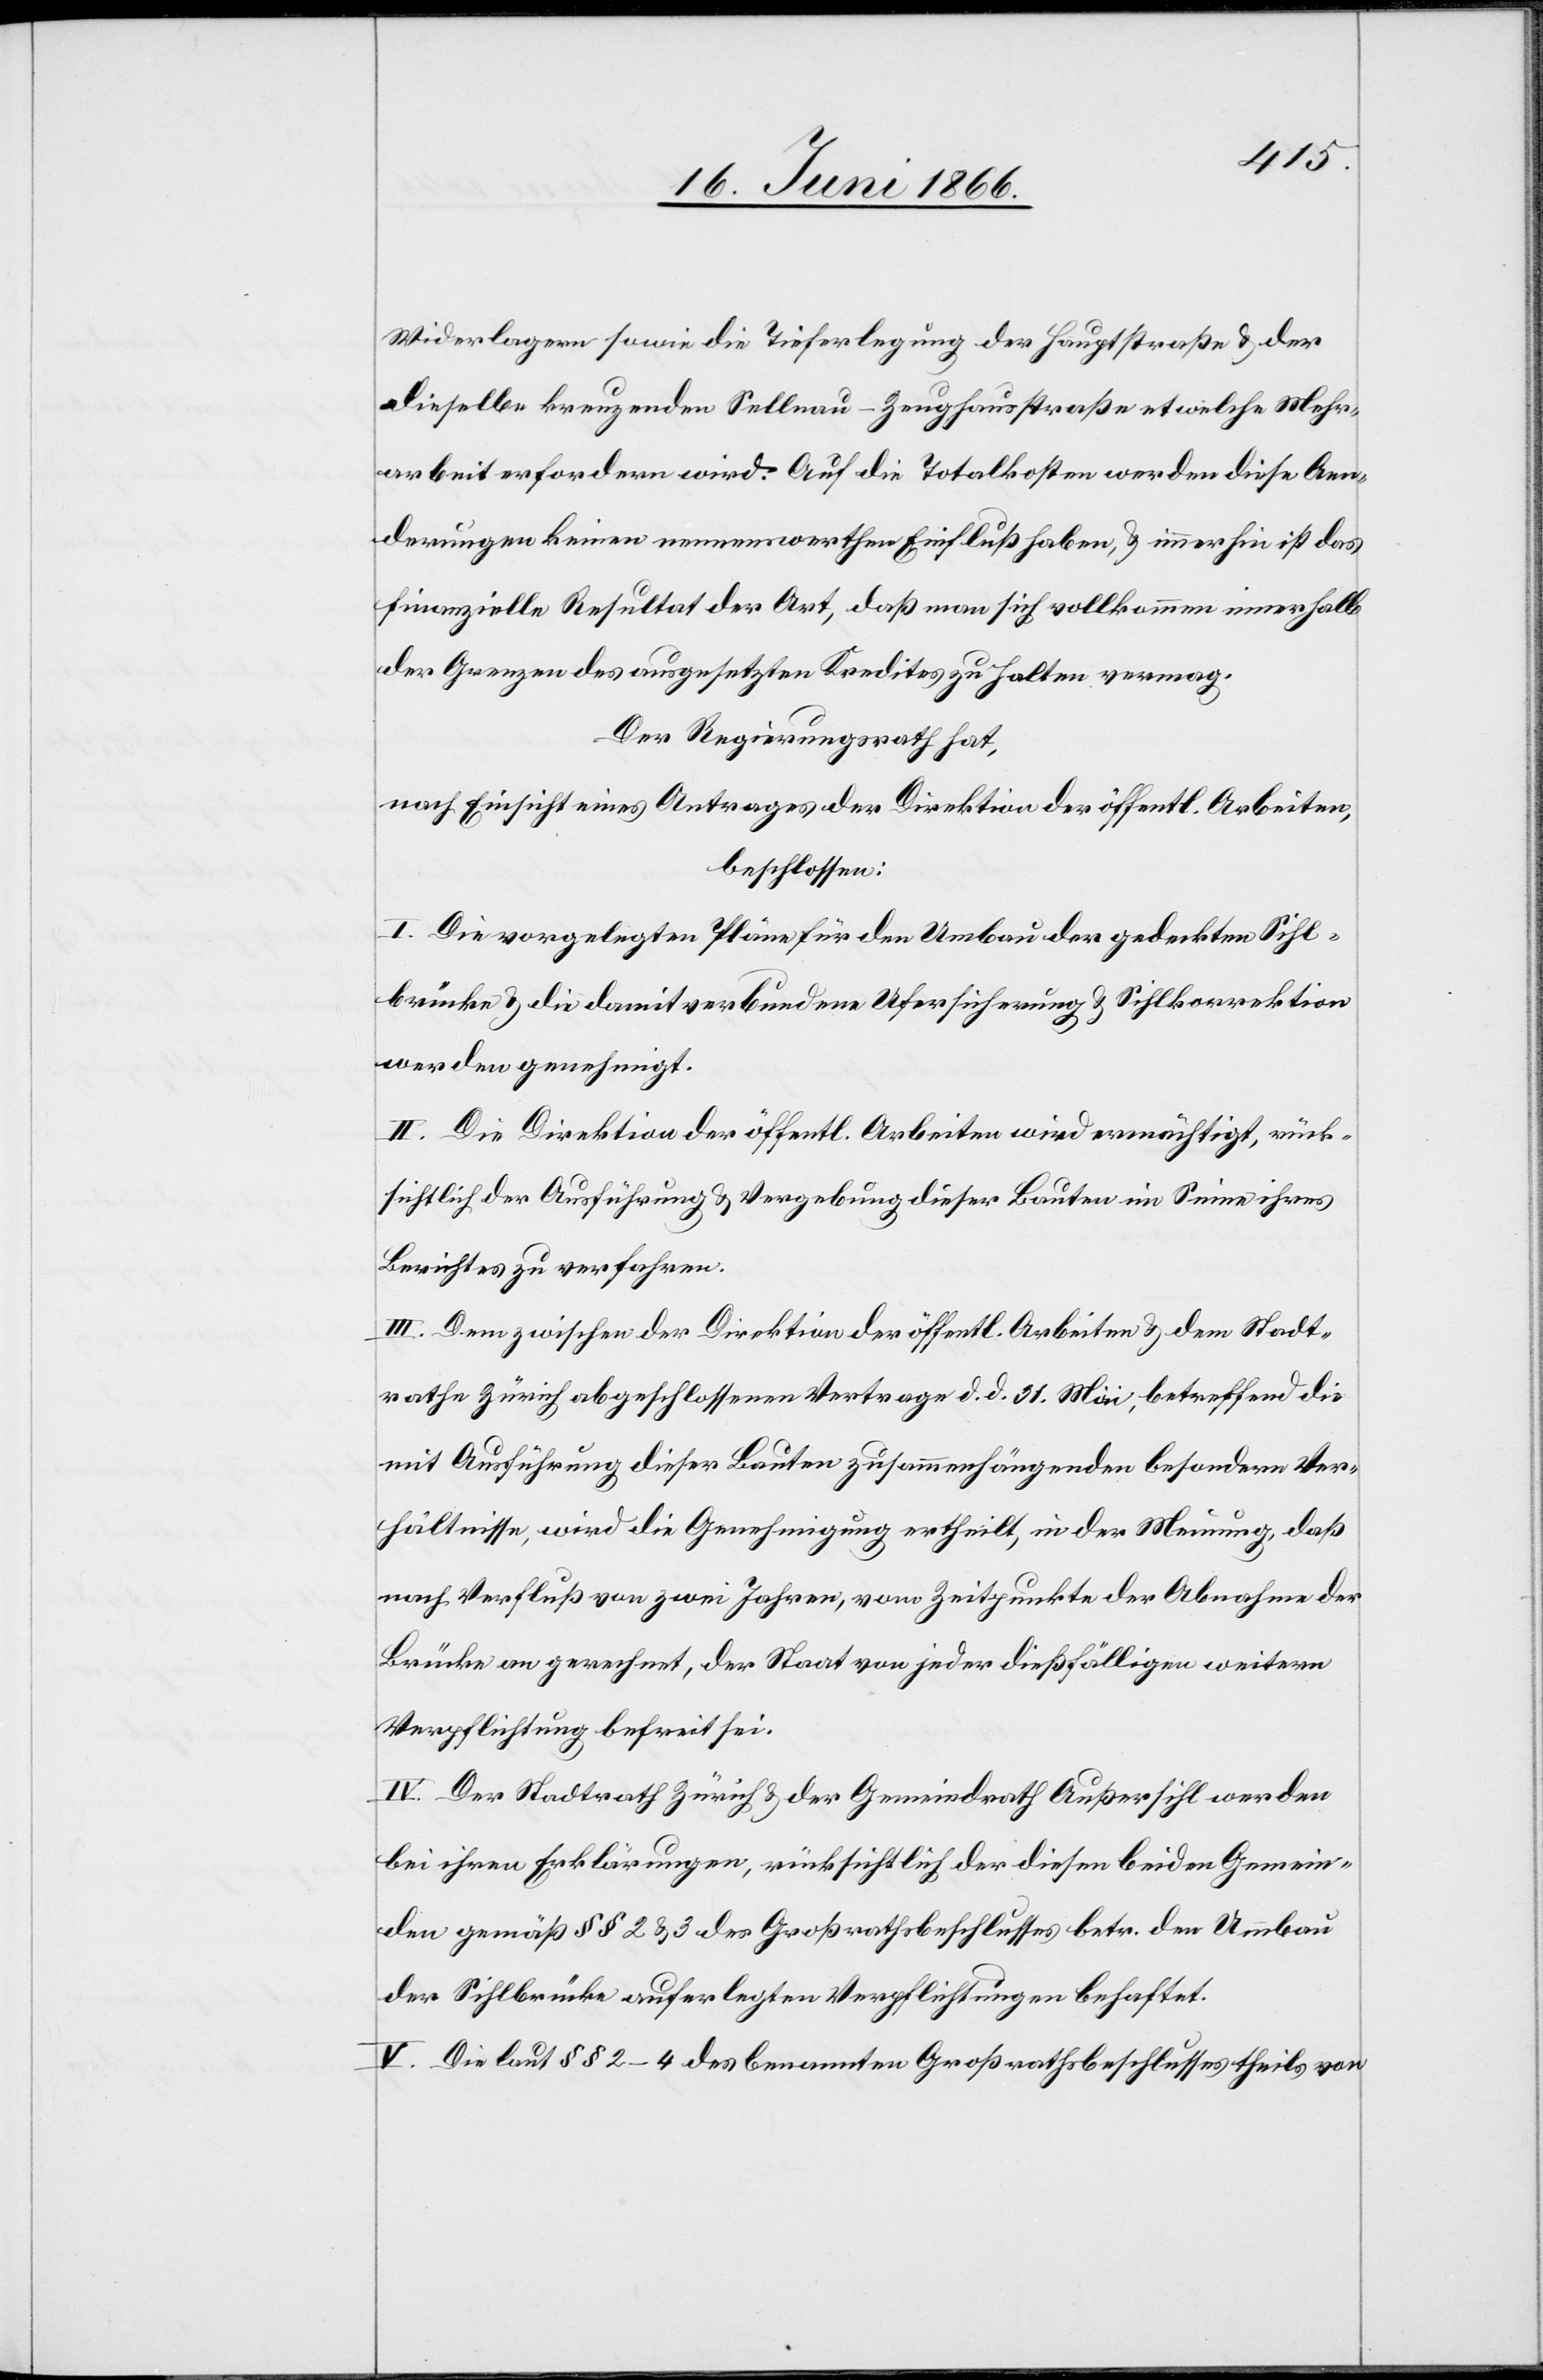
Widerlagern sowie die Tieferlegung der Hauptstraße u. der
dieselbe kreuzenden Sellnau-Zeughausstraße etwelche Mehr¬
arbeit erfordern wird. Auf die Totalkosten werden diese Aen¬
derungen keinen nennenswerthen Einfluß haben, u. immerhin ist das
finanzielle Resultat der Art, daß man sich vollkommen innerhalb
der Grenzen des ausgesetzten Kredites zu halten vermag.
Der Regierungsrath hat,
nach Einsicht eines Antrages der Direktion der öffentl. Arbeiten,
beschlossen:
I. Die vorgelegten Pläne für den Umbau der gedeckten Sihl¬
brücke u. die damit verbundene Ufersicherung u. Sihlkorrektion
werden genehmigt.
II. Die Direktion der öffentl. Arbeiten wird ermächtigt, rück¬
sichtlich der Ausführung u. Vergebung dieser Bauten im Sinne ihres
Berichtes zu verfahren.
III. Dem zwischen der Direktion der öffentl. Arbeiten u. dem Stadt¬
rathe Zürich abgeschlossenen Vertrage d. d. 31. Mai, betreffend die
mit Ausführung dieser Bauten zusammenhängenden besondern Ver¬
hältnisse, wird die Genehmigung ertheilt, in der Meinung, daß
nach Verfluß von zwei Jahren, vom Zeitpunkte der Abnahme der
Brücke an gerechnet, der Staat von jeder dießfälligen weitern
Verpflichtung befreit sei.
IV. Der Stadtrath Zürich u. der Gemeindrath Außersihl werden
bei ihren Erklärungen, rücksichtlich der diesen beiden Gemein¬
den gemäß § § 2 u. 3 des Großrathsbeschlusses betr. den Umbau
der Sihlbrücke auferlegten Verpflichtungen behaftet.
V. Die laut § § 2–4 des benannten Großrathsbeschlusses theils von